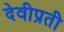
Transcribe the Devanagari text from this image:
देवीप्रती